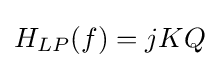
H_{LP}(f)=jKQ